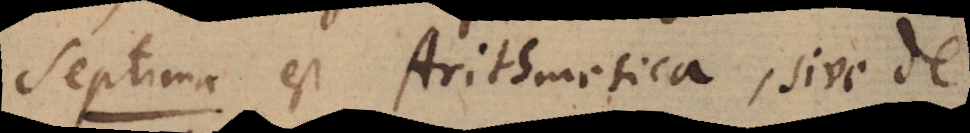
Septima est Arithmetica, sive de